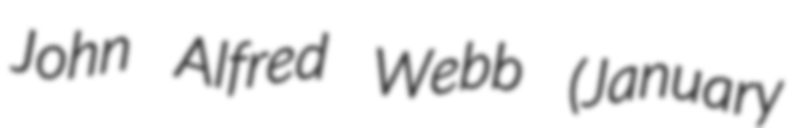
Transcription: John Alfred Webb (January